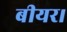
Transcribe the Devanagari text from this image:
बीयर।